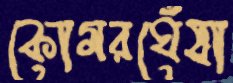
কোমরঘেঁষা